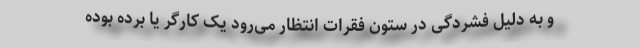
و به دلیل فشردگی در ستون فقرات انتظار می‌رود یک کارگر یا برده بوده‌